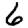
Digit: 6